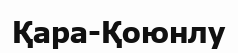
Қара-Қоюнлу